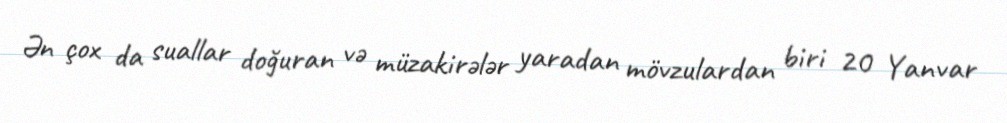
Ən çox da suallar doğuran və müzakirələr yaradan mövzulardan biri 20 Yanvar